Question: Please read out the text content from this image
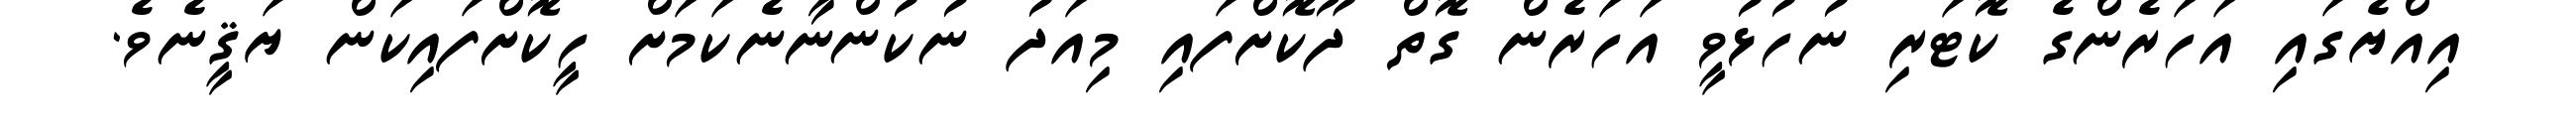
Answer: އިއްޔެގައި އަހަރެންގެ ކޮޓަރި ނުހުޅުވީ އަހަރެން ގޮތް ދޫކޮށްފައި މިއަދު ނުކުންނާނެކަމަށް ހީކޮށްފައިކަން ޔަޤީނެވެ.